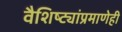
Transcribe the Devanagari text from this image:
वैशिष्ट्यांप्रमाणेही